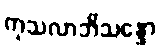
ကုသလာဘိသန္ဒော